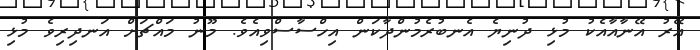
އޭރު އޭނާއާއެކު މުޅި ދުނިޔެ އެނބުރެމުންދާކަން އިހްސާސްވިއެވެ. މޫނު މައްޗަށް އަނދިރިވެ މުޅި